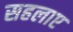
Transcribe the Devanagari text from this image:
सहलाए